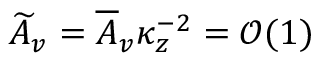
\widetilde A _ { v } = \overline { { A } } _ { v } \kappa _ { z } ^ { - 2 } = \mathcal { O } ( 1 )